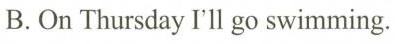
B.On Thursday I'll go swimming.